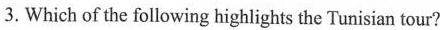
3.Which of the following highlights the Tunisian tour?